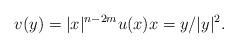
LaTeX: \begin{align*}v(y) = |x|^{n-2m} u(x)x=y/|y|^2.\end{align*}